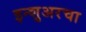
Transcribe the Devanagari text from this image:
इन्‍शुअरचा